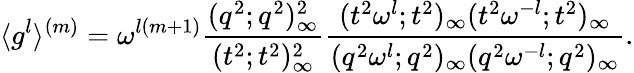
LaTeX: \langle g^{l}\rangle^{(m)}=\omega^{l(m+1)}\displaystyle\frac{(q^{2};q^{2})_{\infty}^{2}}{(t^{2};t^{2})_{\infty}^{2}}\displaystyle\frac{(t^{2}\omega^{l};t^{2})_{\infty}(t^{2}\omega^{-l};t^{2})_{\infty}}{(q^{2}\omega^{l};q^{2})_{\infty}(q^{2}\omega^{-l};q^{2})_{\infty}}.